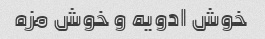
خوش ادویه و خوش مزه